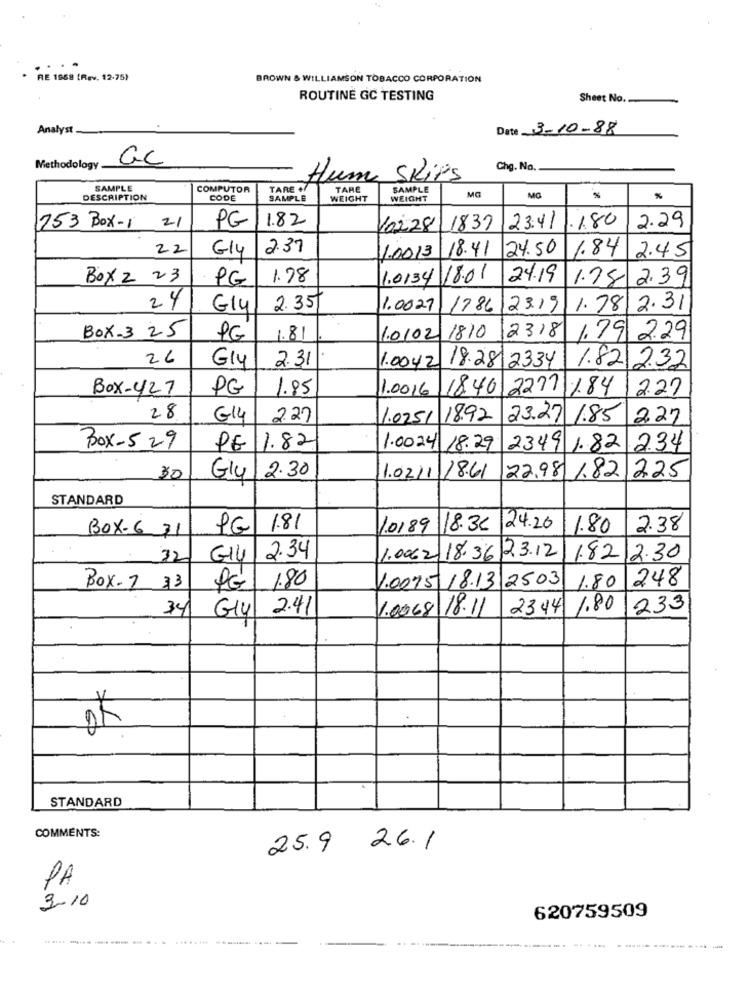
* RE 1968 (Rev. 12.75)
BROWN & WILLIAMSON TOBACCO CORPORATION
ROUTINE GC TESTING
Sheet No.
Analyst
Date 3-10-88
GC
Methodology
Chg. No.
Hum Skips
SAMPLE
COMPUTOR
TARE .
TARE
SAMPLE
DESCRIPTION
CODE
SAMPLE
WEIGHT
WEIGHT
MG
%
%
PG
1.82
2.29
753 Box-1 21
10228
1837
23:41
.1.80
22
G14
2.37
18.41
24.50
1.84
2.45
1.00.13
BOX2 23
. PG
1.78
1.0134
18.01
24.19
1.78 2.39
24
G14
2.35
1.0027
1786
23.19
1.78\2.31
2318
BOX-3 25
PG
.81
1.0/02/1810
1.79 2.29
26
2.31
1.82 2.32
Gly
1.0042
18.28|2334
Box-427
PG
1.85
1.0016
18.40 2271 1.84
12.27
28
G14
2.27
1.0251 18.92
23.27 1.85
227
Box-529
PG 1.82
1.00.24 18.29
2349 1.82 2.34
2.30
30
Gly
1.02/1
18.61
22,981.82 225
STANDARD
BOX-6 31
PG
1.81
10189
118.36
24.20
1.80
2.38
32
G14
2.34
1.0062-18.36 23.12
1.822.30
1.80
1.0075.18.13 2503
248
Box- 7 33
1.80
34/
2.41
1.0068 18.11
2344 1.80
233
G14
STANDARD
COMMENTS:
25.9 26.1
PA
3-10
620759509